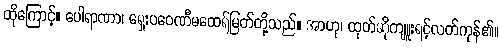
ထိုကြောင့်။ ပေါရာဏာ၊ ရှေးပဝေဏီမထေရ်မြတ်တို့သည်။ အာဟု၊ ထုတ်ဆိုကျူးရင့်လတ်ကုန်၏။